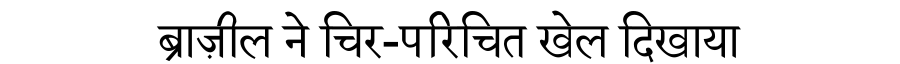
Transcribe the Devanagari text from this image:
ब्राज़ील ने चिर-परिचित खेल दिखाया